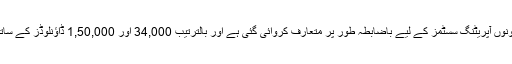
یہ موبائل ایپ iOS اور اینڈرائیڈ دونوں آپریٹنگ سسٹمز کے لیے باضابطہ طور پر متعارف کروائی گئی ہے اور بالترتیب 34,000 اور 1,50,000 ڈاؤنلوڈز کے ساتھ اب تک بہت کامیاب جا رہی ہیں۔